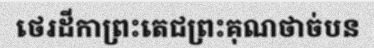
ថេរដីកាព្រះតេជព្រះគុណថាច់បន